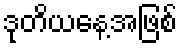
ဒုတိယနေ့အဖြစ်